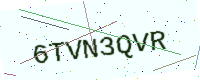
Text: 6TVN3QVR